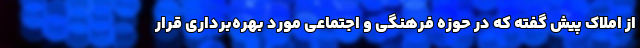
از املاک پیش گفته که در حوزه فرهنگی و اجتماعی مورد بهره‌برداری قرار